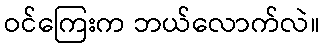
ဝင်ကြေးက ဘယ်လောက်လဲ။